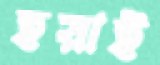
হয়াই